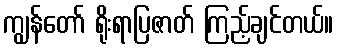
ကျွန်တော် ရိုးရာပြဇာတ် ကြည့်ချင်တယ်။